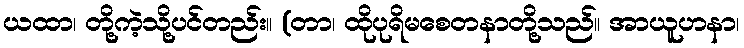
ယထာ၊ တို့ကဲ့သို့ပင်တည်း။ (တာ၊ ထိုပုရိမစေတနာတို့သည်။ အာယူဟနာ၊